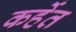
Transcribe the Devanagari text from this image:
कर्हेत